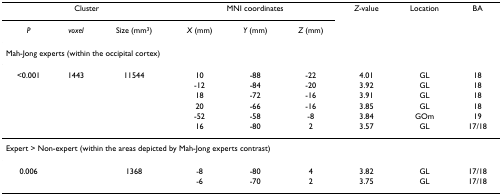
<table><thead><tr><td colspan="3"><b>Cluster</b></td><td colspan="3"><b>MNI coordinates</b></td><td><b><i>Z</i>-value</b></td><td><b>Location</b></td><td><b>BA</b></td></tr><tr><td><b><i>P</i></b></td><td><b><i>voxel</i></b></td><td><b>Size (mm<sup>3</sup>)</b></td><td><b><i>X </i>(mm)</b></td><td><b><i>Y </i>(mm)</b></td><td><b><i>Z </i>(mm)</b></td><td></td><td></td><td></td></tr></thead><tbody><tr><td colspan="9">Mah-Jong experts (within the occipital cortex)</td></tr><tr><td>&lt;0.001</td><td>1443</td><td>11544</td><td>10</td><td>-88</td><td>-22</td><td>4.01</td><td>GL</td><td>18</td></tr><tr><td></td><td></td><td></td><td>-12</td><td>-84</td><td>-20</td><td>3.92</td><td>GL</td><td>18</td></tr><tr><td></td><td></td><td></td><td>18</td><td>-72</td><td>-16</td><td>3.91</td><td>GL</td><td>18</td></tr><tr><td></td><td></td><td></td><td>20</td><td>-66</td><td>-16</td><td>3.85</td><td>GL</td><td>18</td></tr><tr><td></td><td></td><td></td><td>-52</td><td>-58</td><td>-8</td><td>3.84</td><td>GOm</td><td>19</td></tr><tr><td></td><td></td><td></td><td>16</td><td>-80</td><td>2</td><td>3.57</td><td>GL</td><td>17/18</td></tr><tr><td colspan="9">Expert &gt; Non-expert (within the areas depicted by Mah-Jong experts contrast)</td></tr><tr><td>0.006</td><td></td><td>1368</td><td>-8</td><td>-80</td><td>4</td><td>3.82</td><td>GL</td><td>17/18</td></tr><tr><td></td><td></td><td></td><td>-6</td><td>-70</td><td>2</td><td>3.75</td><td>GL</td><td>17/18</td></tr></tbody></table>